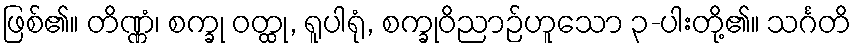
ဖြစ်၏။ တိဏ္ဏံ၊ စက္ခု ဝတ္ထု, ရူပါရုံ, စက္ခုဝိညာဉ်ဟူသော ၃-ပါးတို့၏။ သင်္ဂတိ